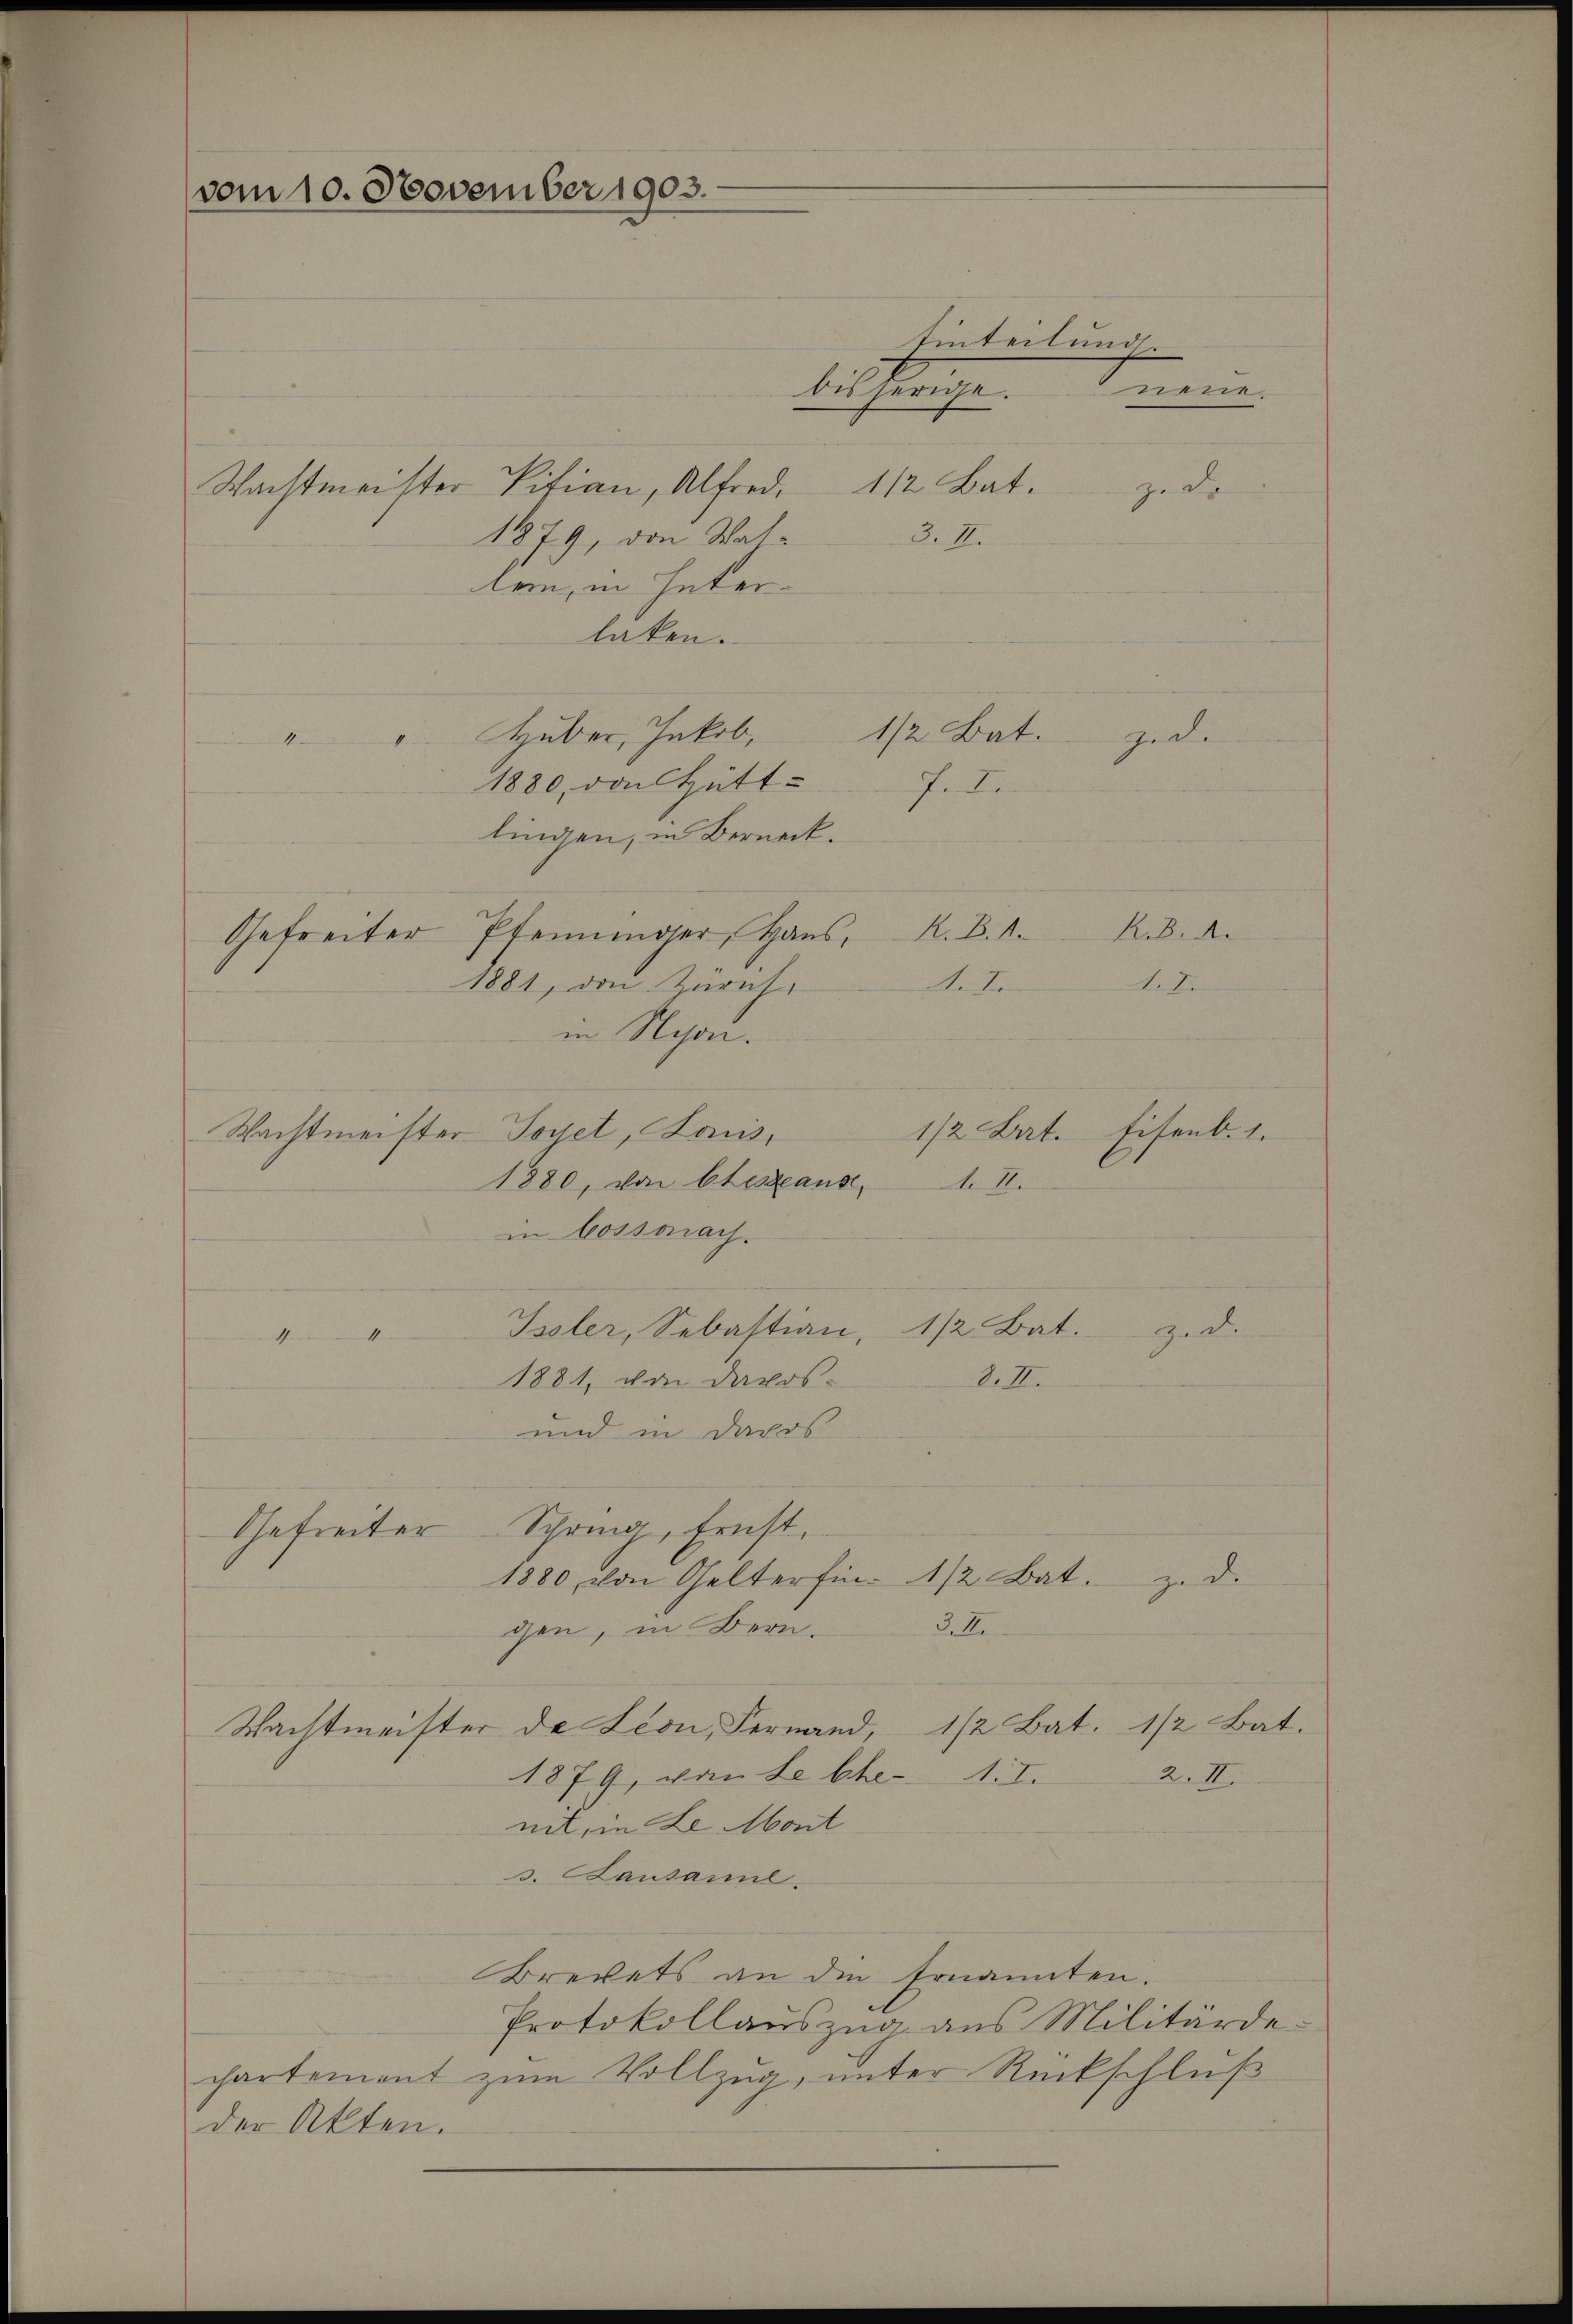
vom 10. November 1903.

Wachtmeister Sifian, Alfred. 112 Bat.
1879, von Waltein, in Inter-
laken.
 Huber, Jakob,
d
1880, von Hüttlingen, in Berneck.
Isler, Sebastian, 1/2 Bat.
Zede
M
1881, von Davos-
d. II.
und in Davos
Gefreiter Schring, Ernst,
1880, von Gelterfin- 1/2 Bat.
zu d
3. A
gen, in Bern.
Wachtmeister de Lion, Fernand, 1/2 Bat. 1 1/2 Bat.
1879, von Lebhe- 1.I.
2. III.
nit, in Le Mont
s. Lausanne
Brevets an die Ernannten.
Protokollauszug aus Militärde-
chartement zŭm Vollzŭg, ŭnter Rückschlŭβ
der Akten.

in Nyon.
Wachtmeister Soyet, Louis,
1880, von Oteszeans
in Cossonach.

Gefreiter Pfenninger, Haus, K. B. 1.
1881, den Zürich.

Einteilung.
nen
bisherige.
ze der

1/2 Bat.
gide
Fellen

Arten

3. II.

R.B. d.
.E.

1/2 Bat. Eisenb. 1.
1. II.